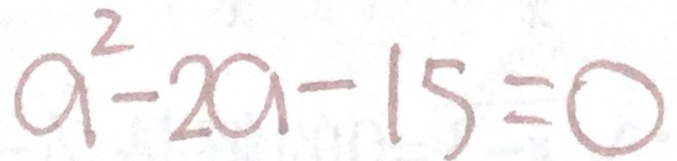
a ^ { 2 } - 2 a - 1 5 = 0